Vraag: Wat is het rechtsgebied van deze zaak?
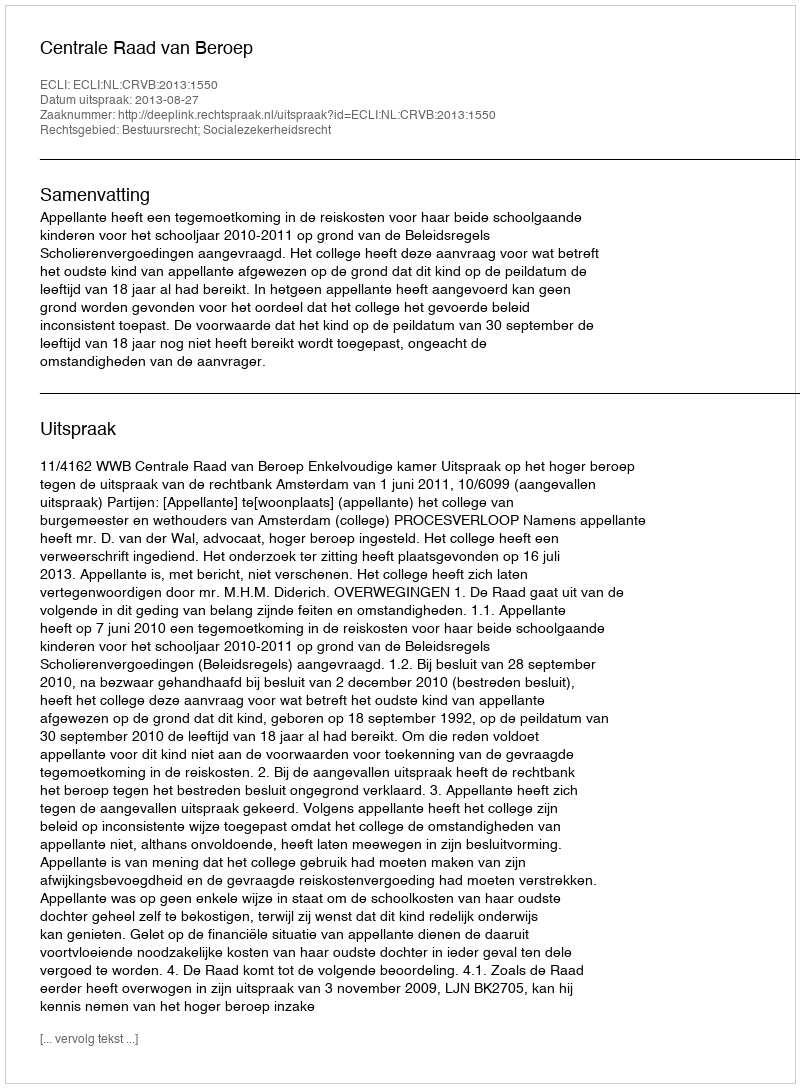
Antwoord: Bestuursrecht; Socialezekerheidsrecht